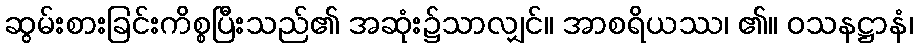
ဆွမ်းစားခြင်းကိစ္စပြီးသည်၏ အဆုံး၌သာလျှင်။ အာစရိယဿ၊ ၏။ ဝသနဋ္ဌာနံ၊